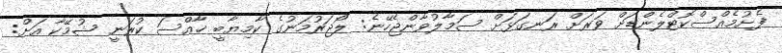
ފެށުމެއްސްކޮޓްލެންޑަށް ވަރަށް ރަނގަޅަށް ސަމާލުވާންޖެހޭނެ: ލޯޖަރުމަނުގެ ކާމިޔާބީ ޚާއްސަ ކުރަނީ ޝުމޭކާ އަށް: